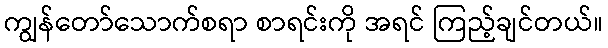
ကျွန်တော်သောက်စရာ စာရင်းကို အရင် ကြည့်ချင်တယ်။